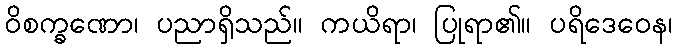
ဝိစက္ခဏော၊ ပညာရှိသည်။ ကယိရာ၊ ပြုရာ၏။ ပရိဒေဝေန၊